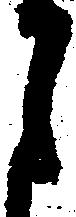
月